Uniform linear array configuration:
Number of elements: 48
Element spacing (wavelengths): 0.75
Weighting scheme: cosine
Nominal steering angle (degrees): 60
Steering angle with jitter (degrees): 58.025
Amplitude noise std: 0.05
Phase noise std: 0.05

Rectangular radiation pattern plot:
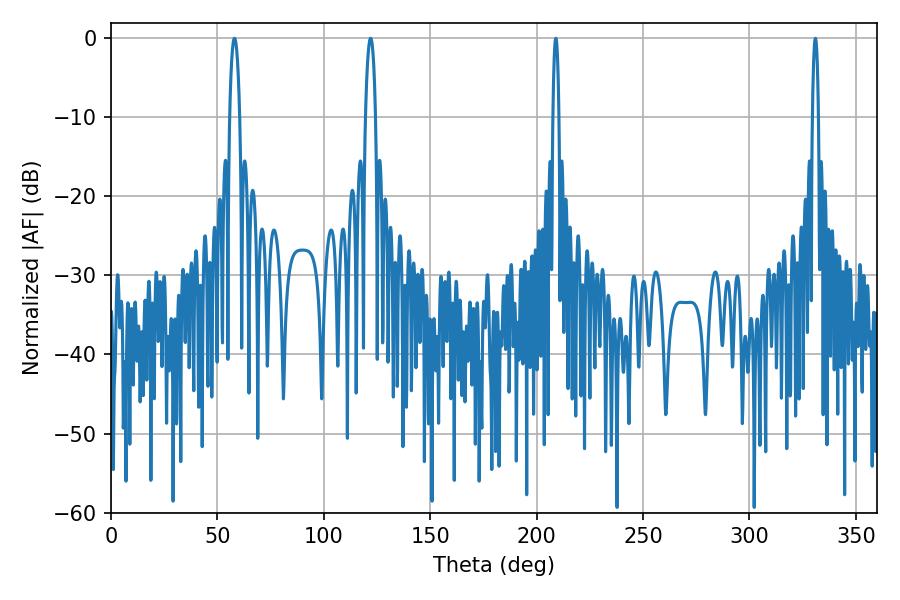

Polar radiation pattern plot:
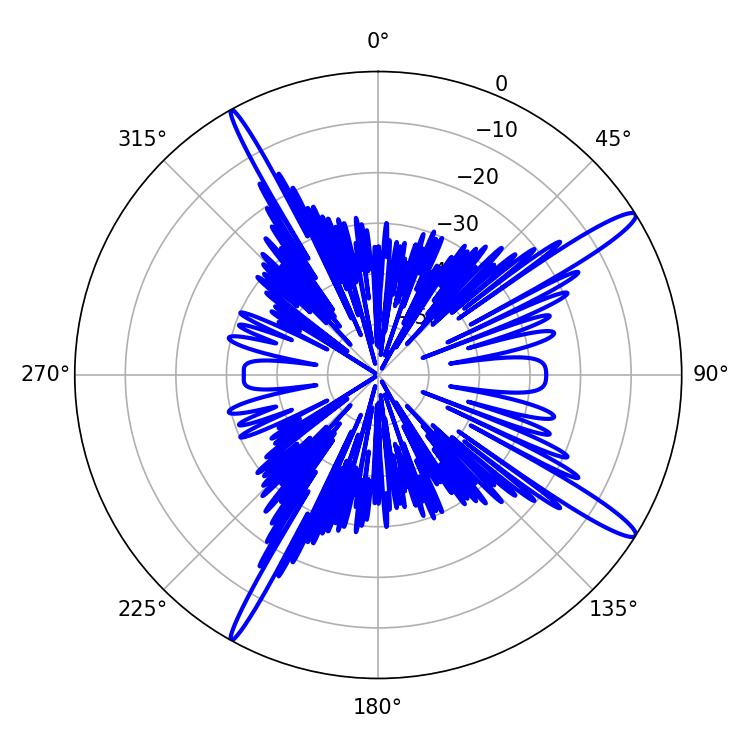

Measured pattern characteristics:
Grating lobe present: TRUE
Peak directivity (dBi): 15.317
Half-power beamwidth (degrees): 2.7
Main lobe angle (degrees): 57.96